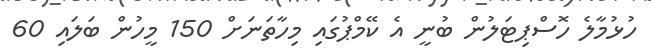
ހުޅުމާލެ ހޮސްޕިޓަލުން ބުނީ އެ ކޭމްޕުގައި މިހާތަނަށް 150 މީހުން ބަލައި 60